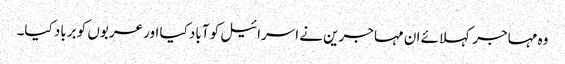
وہ مہاجر کہلائے ان مہاجرین نے اسرائیل کو آباد کیا اور عربوں کو برباد کیا۔